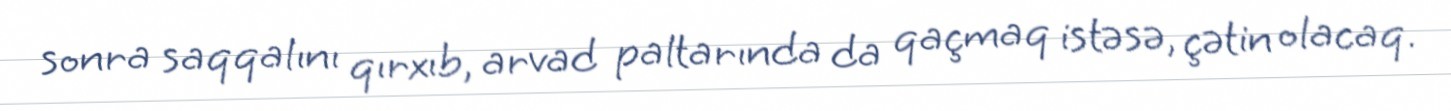
sonra saqqalını qırxıb, arvad paltarında da qaçmaq istəsə, çətin olacaq.